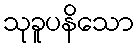
သုခူပနိသော